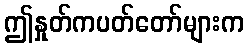
ဤနှုတ်ကပတ်တော်များက